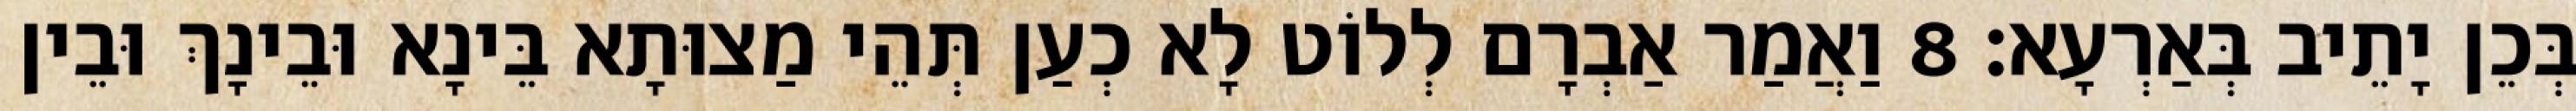
בְּכֵן יָתֵיב בְּאַרְעָא׃ 8 וַאֲמַר אַבְרָם לְלוֹט לָא כְעַן תְּהֵי מַצוּתָא בֵּינָא וּבֵינָךְ וּבֵין